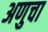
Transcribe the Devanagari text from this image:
अणुचा